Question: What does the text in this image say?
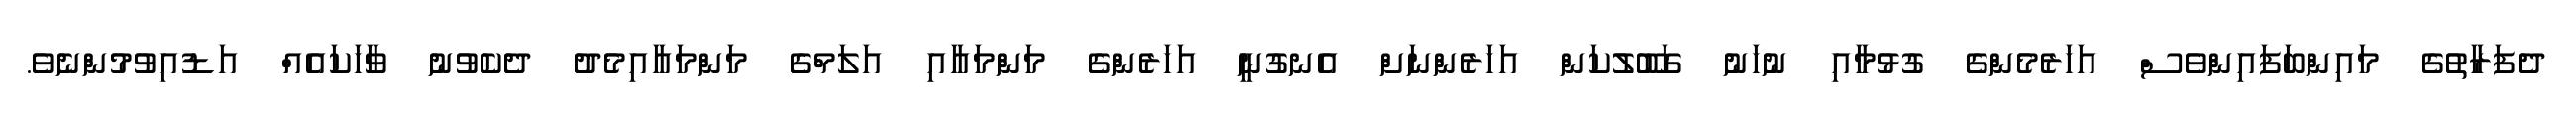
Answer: ދެފަރާތުގެ މައިންބަފައިންވެސް އަހަރެމެންގެ ގުޅުމާއި ނުހަނު ގަބޫލުކަން އަހަރެންނަށް އެނގުނީ އަހަރެންގެ މަންމައާއި އަލަމްގެ މަންމައާއިމެދު ދެކެވުނު ވާހަކައެއް އަޑުއިވުމުންނެވެ.